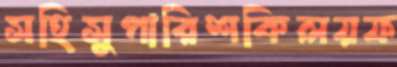
সহিসুপারিশকিলয়ফ